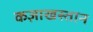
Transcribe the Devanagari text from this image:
कज़ाखस्तान